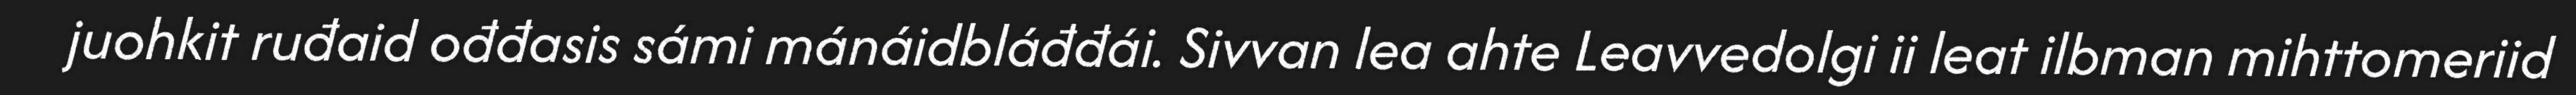
juohkit ruđaid ođđasis sámi mánáidbláđđái. Sivvan lea ahte Leavvedolgi ii leat ilbman mihttomeriid